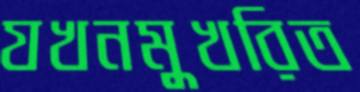
যখনমুখরিত